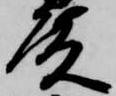
殿